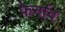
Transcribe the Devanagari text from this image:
फेर्नाव